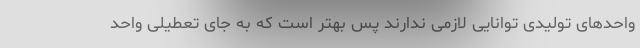
واحدهای تولیدی توانایی لازمی ندارند پس بهتر است که به جای تعطیلی واحد